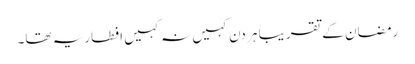
رمضان کے تقریباً ہر دن کہیں نہ کہیں افطاریہ تھا۔